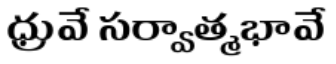
ధ్రువే సర్వాత్మభావే